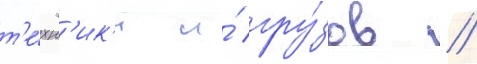
т'е́хн'ик'и и́ гру́зов //